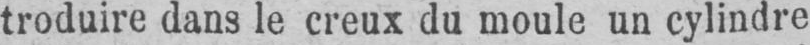
troduire dans le creux du moule un cylindre